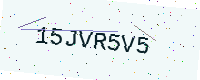
Text: 15JVR5V5